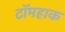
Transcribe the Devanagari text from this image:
टॉमहाक